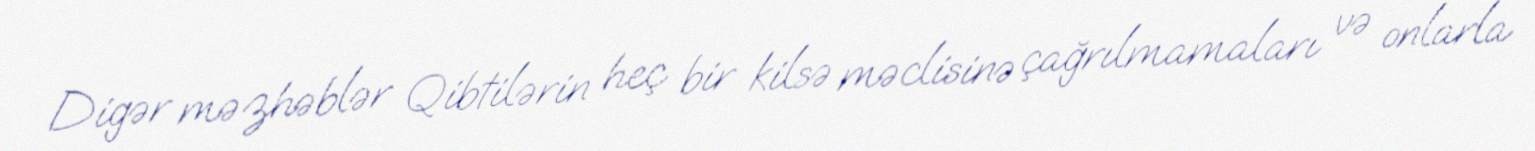
Digər məzhəblər Qibtilərin heç bir kilsə məclisinə çağrılmamaları və onlarla